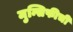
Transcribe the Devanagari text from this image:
मुन्सिफीची